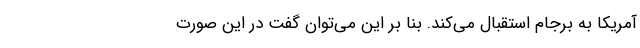
آمریکا به برجام استقبال می‌کند. بنا بر این می‌توان گفت در این صورت